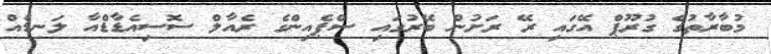
މުބާރާތުގެ ގުރޫޕް އޭގައި ރޭ ރަށުން ބޭރުގައި ސްޕެއިންގެ ރެއާލް ސޮސިއެޑާޑްއާ ލަނޑެއް